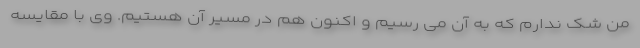
من شک ندارم که به آن می رسیم و اکنون هم در مسیر آن هستیم. وی با مقایسه